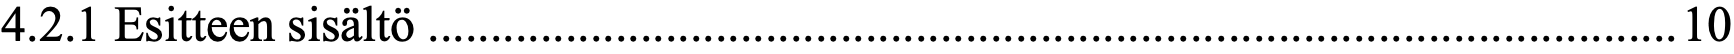
4.2.1 Esitteen sisältö .................................................................................................... 10